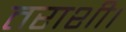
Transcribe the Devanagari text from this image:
तराशी।